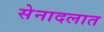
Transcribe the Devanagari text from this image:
सेनादलात